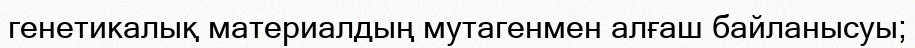
генетикалық материалдың мутагенмен алғаш байланысуы;